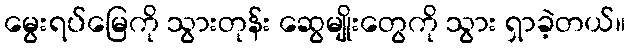
မွေးရပ်မြေကို သွားတုန်း ဆွေမျိုးတွေကို သွား ရှာခဲ့တယ်။